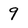
Character: 9